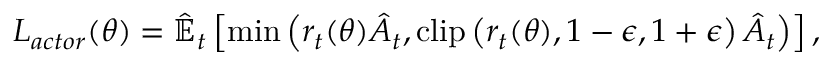
L _ { a c t o r } ( \theta ) = \hat { \mathbb { E } } _ { t } \left[ \operatorname* { m i n } \left( r _ { t } ( \theta ) \hat { A } _ { t } , \operatorname { c l i p } \left( r _ { t } ( \theta ) , 1 - \epsilon , 1 + \epsilon \right) \hat { A } _ { t } \right) \right] ,